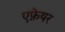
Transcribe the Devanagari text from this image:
एफ़ेयर